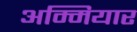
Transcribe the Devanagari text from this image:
अम्मियार